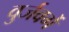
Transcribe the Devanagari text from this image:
वुर्जवर्गे